Leaving Certificate Examination, 1915
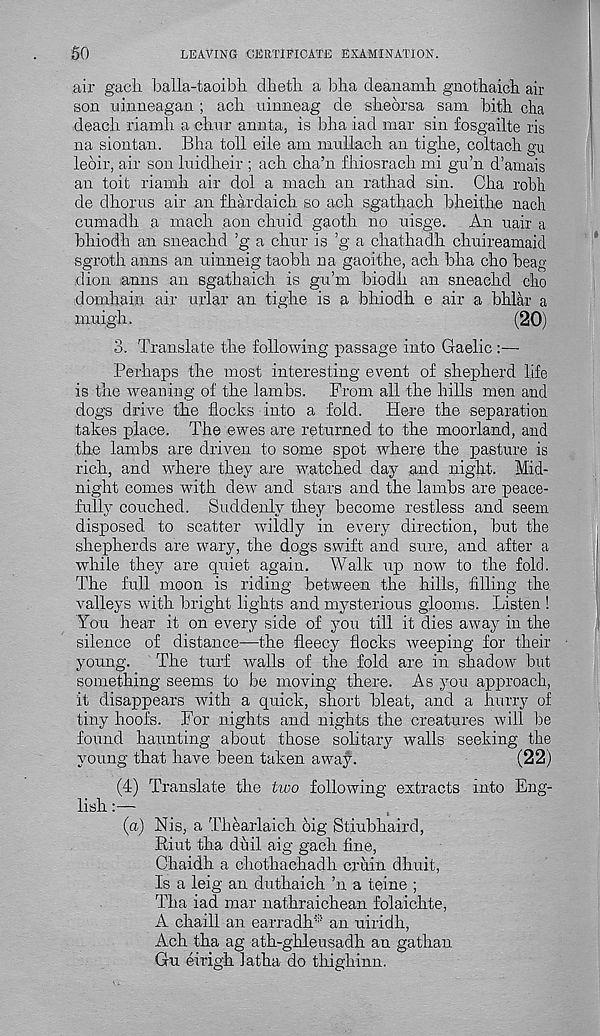
50
LEAVING CERTIFICATE EXAMINATION.
air gach balla-taoibh dbetb a bba deanamli gnotliaicb air
son uinneagan ; ach uinneag de sbeorsa sam bitb clia
deacli riamh a clnir annta, is bha iad mar sin fosgailte ris
na siontan. Bha toll eile am muilach an tighe, coltach gu
ledir, air son luidheir ; ach cha’n fhiosrach mi gu’n d’amais
an toit riamh air dol a mach an rathad sin. Cha robk
de dhorus air an fhardaich so ach sgathach bheithe nach
cnmadh a mach aon chnid gaoth no uisge. An uair a
bhiodh an sneachd ’g a chur is ’g a chathadh chnireamaid
sgroth anns an ninneig taobh na gaoithe, ach bha cho heag
dion anns an sgathaich is gu’m biodh an sneachd cho
domhain air urlar an tighe is a bhiodh e air a bhlar a
inuigh.
(20)
3. Translate the following passage into Gaelic:—
Perhaps the most interesting event of shepherd life
is the weaning of the lambs. From all the hills men and
dogs drive the flocks into a fold.
Here the separation
takes place. The ewes are returned to the moorland, and
the lambs are driven to some spot where the pasture is
rich, and where they are watched day and night. Mid-
night comes with dew and stars and the lambs are peace-
fully couched. Suddenly they become restless and seem
disposed to scatter wildly in every direction, but the
shepherds are wary, the dogs swift and sure, and after a
while they are quiet again. Walk up now to the fold.
The full moon is riding between the hills, filling the
valleys with bright lights and mysterious glooms. Listen !
You hear it on every side of you till it dies away in the
silence of distance—the fleecy flocks weeping for their
young.
The turf walls of the fold are in shadow but
something seems to be moving there. As you approach,
it disappears with a quick, short bleat, and a hurry of
tiny hoofs. For nights and nights the creatures will be
found haunting about those solitary walls seeking the
young that have been taken away.
(22)
(4) Translate the two following extracts into Eng-
lish :—
(a) Nis, a Thearlaich dig Stiubhaird,
Itiut tha duil aig gach fine,
Chaidh a chothachadh cruin dhuit,
Is a leig an duthaich ’n a teine ;
Tha iad mar nathraichean folaichte,
A chaill an earradh* an uiridh,
Ach tha ag ath-ghleusadh an gathan
Gu eirigh latha do thighinn.